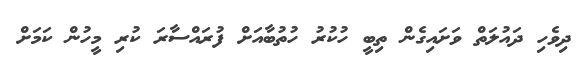
ދިވެހި ދައުލަތް ވަށައިގެން ތިބީ ހުކުރު ހުތުބާއަށް ފުރައްސާރަ ކުރި މީހުން ކަމަށް